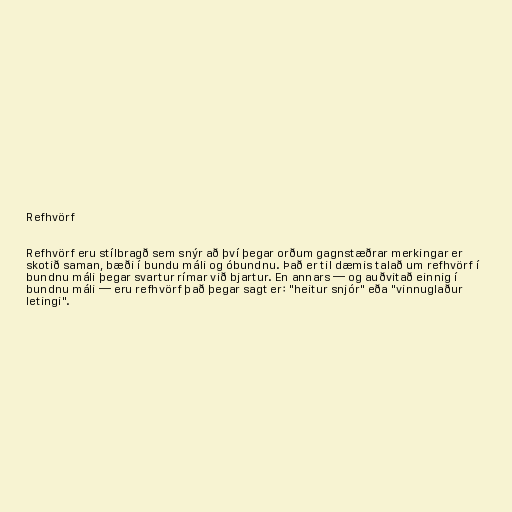
Refhvörf

Refhvörf eru stílbragð sem snýr að því þegar orðum gagnstæðrar merkingar er
skotið saman, bæði í bundu máli og óbundnu. Það er til dæmis talað um refhvörf í
bundnu máli þegar svartur rímar við bjartur. En annars — og auðvitað einnig í
bundnu máli — eru refhvörf það þegar sagt er: "heitur snjór" eða "vinnuglaður
letingi".